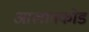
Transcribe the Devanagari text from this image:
आलाक्कोड